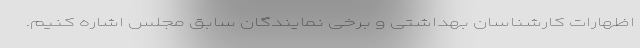
اظهارات کارشناسان بهداشتی و برخی نمایندگان سابق مجلس اشاره کنیم.